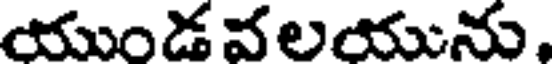
యుండ వలయును,